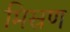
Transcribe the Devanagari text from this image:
मिस्रण